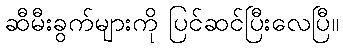
ဆီမီးခွက်များကို ပြင်ဆင်ပြီးလေပြီ။